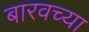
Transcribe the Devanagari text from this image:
बारवच्या